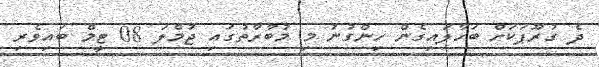
ދެ ގުރޫޕަކަށް ބަހާލައިގެން ހިންގުނު މި މުބާރާތުގައި ޖުމްލަ 08 ޓީމް ބައިވެރި